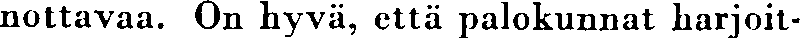
nottavaa. On hyvä, että palokunnat harjoit-